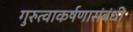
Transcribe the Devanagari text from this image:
गुरुत्वाकर्षणासंबंधी